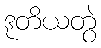
ဒုတိယတွဲ